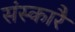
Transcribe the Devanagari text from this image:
संस्कारै